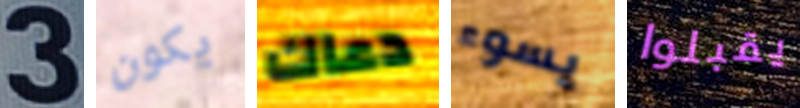
3 يكون دعاك يسوء يقبلوا